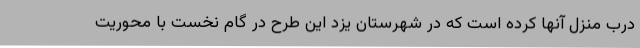
درب منزل آنها کرده است که در شهرستان یزد این طرح در گام نخست با محوریت